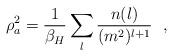
LaTeX: \begin{align*}\rho_a^2= {1\over \beta_H}\sum_l {n(l)\over (m^2)^{l+1}}~~,\end{align*}